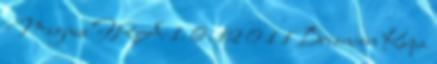
Magnus FRA-1. 6. 12 0 1 1 Briancon Kupa